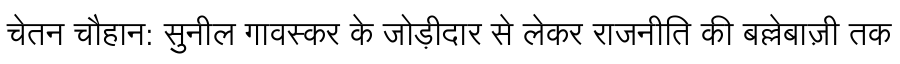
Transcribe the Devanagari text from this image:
चेतन चौहान: सुनील गावस्कर के जोड़ीदार से लेकर राजनीति की बल्लेबाज़ी तक